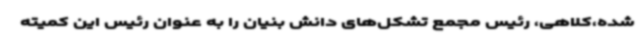
شده،کلاهی، رئیس مجمع تشکل‌های دانش بنیان را به عنوان رئیس این کمیته